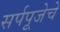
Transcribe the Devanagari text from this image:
सर्पपूजेचे